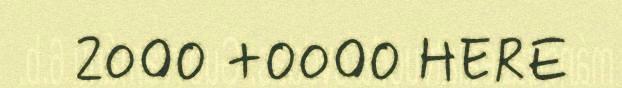
2000 +0000 HERE